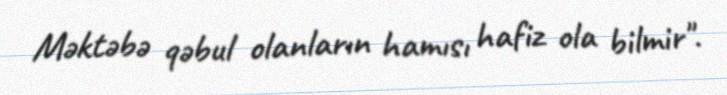
Məktəbə qəbul olanların hamısı hafiz ola bilmir".